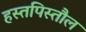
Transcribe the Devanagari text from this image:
हस्तपिस्तौल